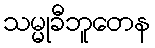
သမ္မုခီဘူတေန